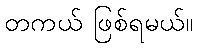
တကယ် ဖြစ်ရမယ်။